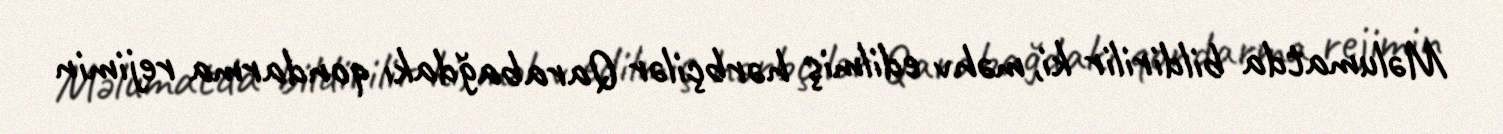
Məlumatda bildirilir ki, məhv edilmiş hərbçilər Qarabağdakı qondarma rejimin